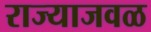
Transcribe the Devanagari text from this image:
राज्याजवळ